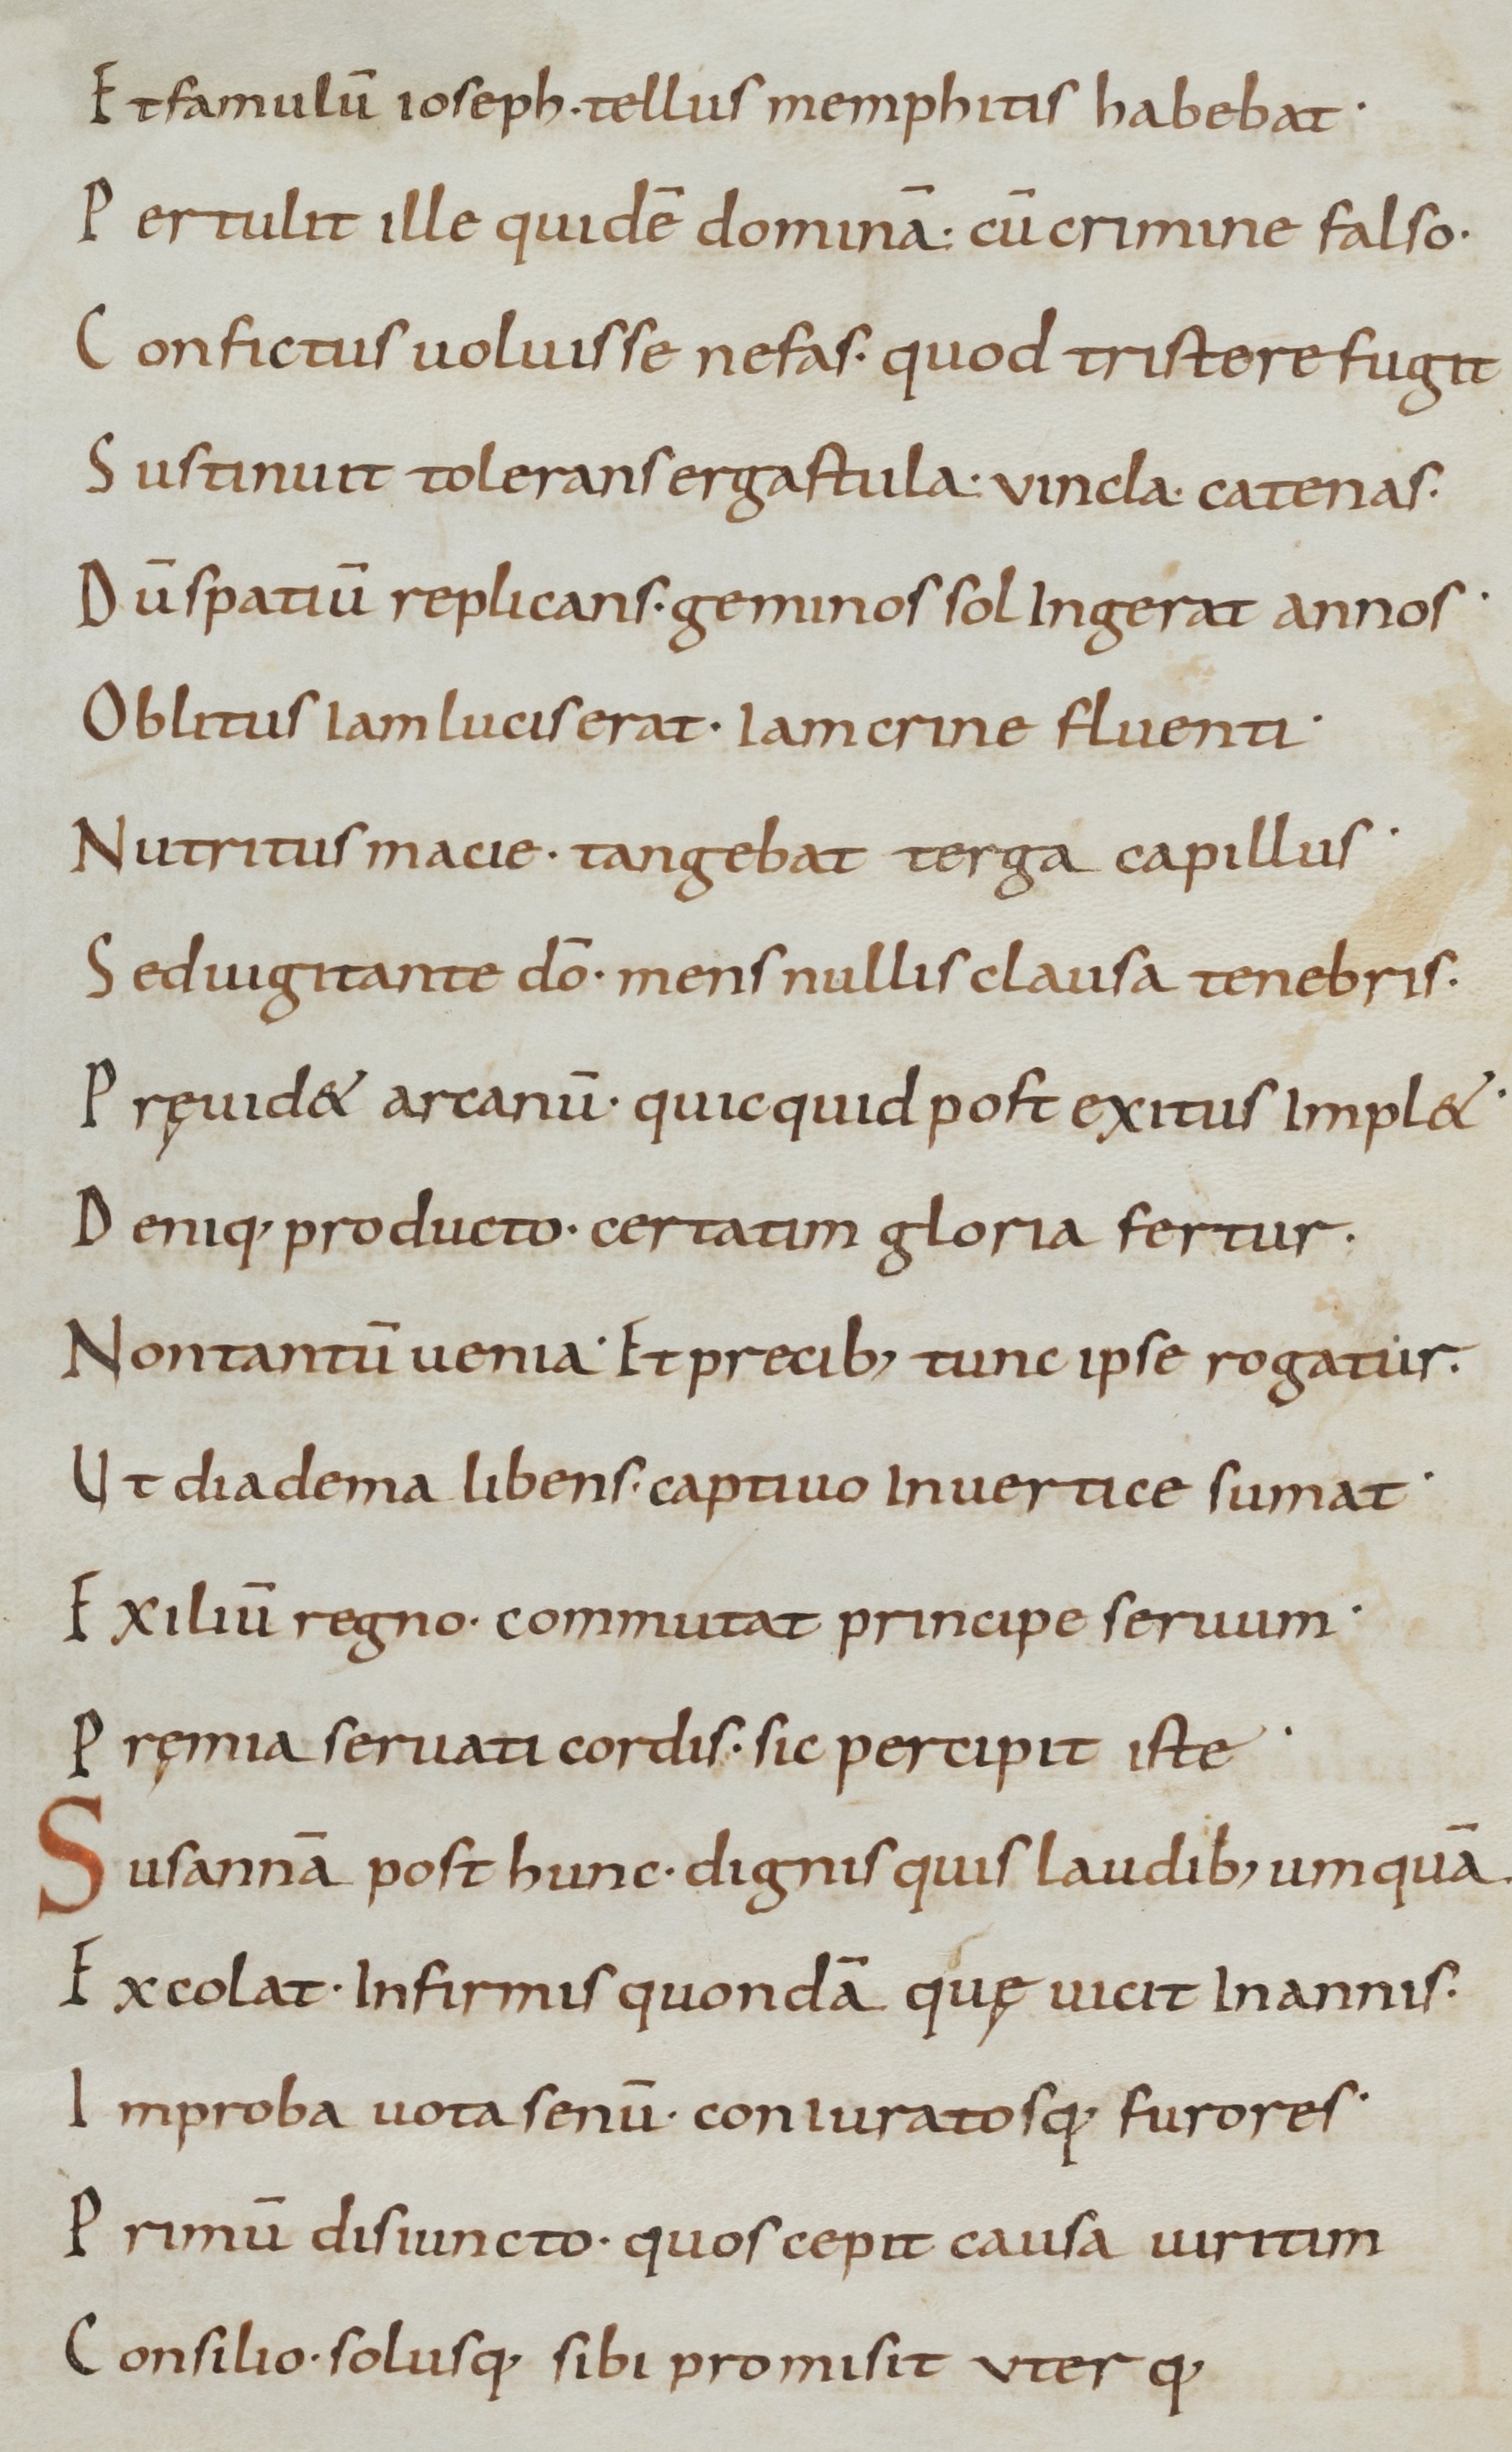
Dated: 800–999